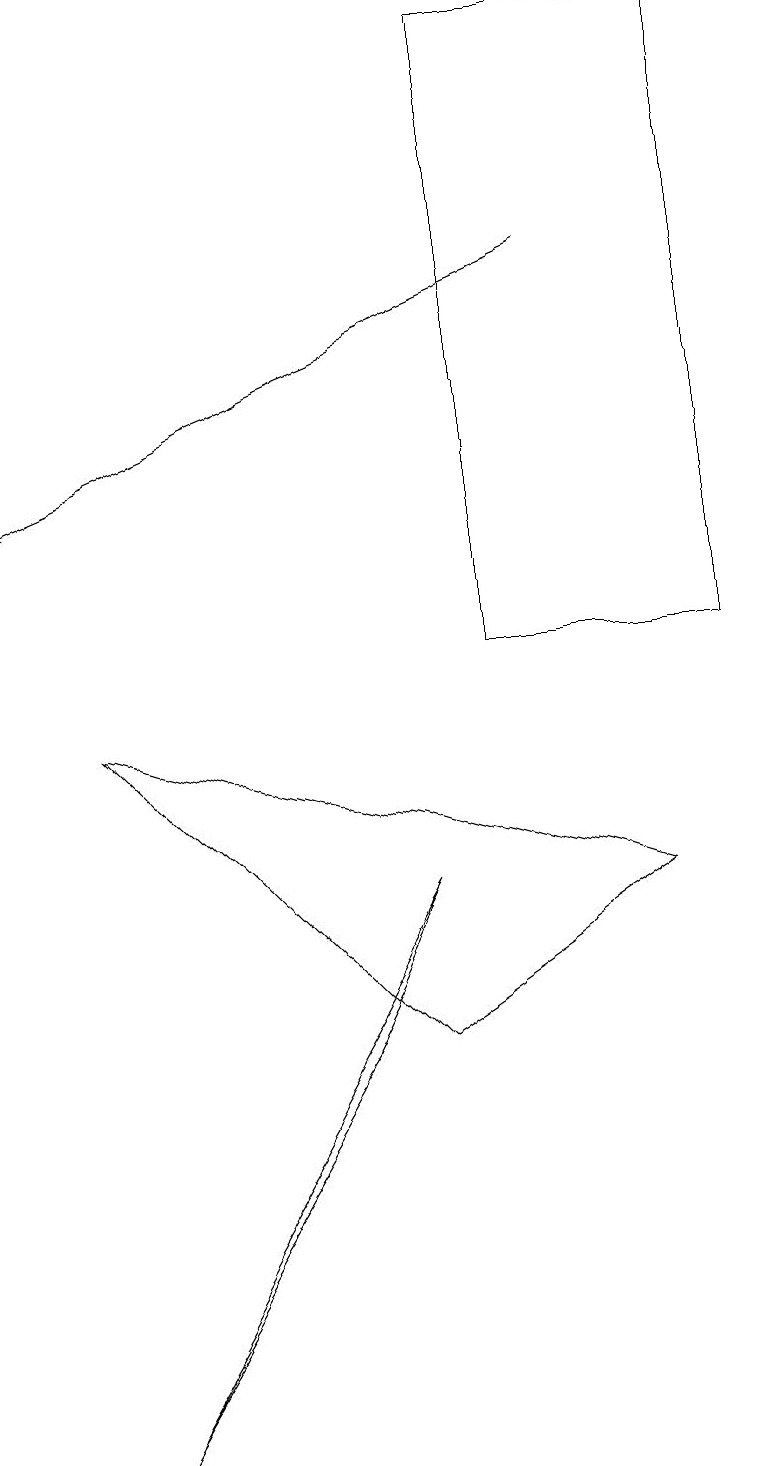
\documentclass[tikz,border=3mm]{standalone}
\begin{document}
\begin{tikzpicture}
\draw (6,18) rectangle (9,10);
\draw[->] (7,15) -- (0,12);
\draw (1,0) -- (4,5) -- (5,7) -- cycle;
\draw (5,5) -- (1,9) -- (8,7) -- cycle;
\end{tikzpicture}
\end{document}